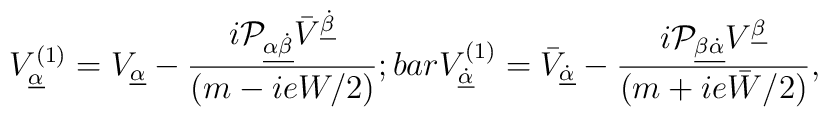
{\displaystyle V^{(1)}_{\underline\alpha}=V_{\underline\alpha}-\frac{i{\cal P}_{\underline{\alpha\dot\beta}}\bar V^{\underline{\dot\beta}}}{(m-ieW/2)};\ \\bar V^{(1)}_{\underline{\dot\alpha}}=\bar V_{\underline{\dot\alpha}}-\frac{i{\cal P}_{\underline{\beta\dot\alpha}}V^{\underline\beta}}{(m+ie\bar W/2)},}